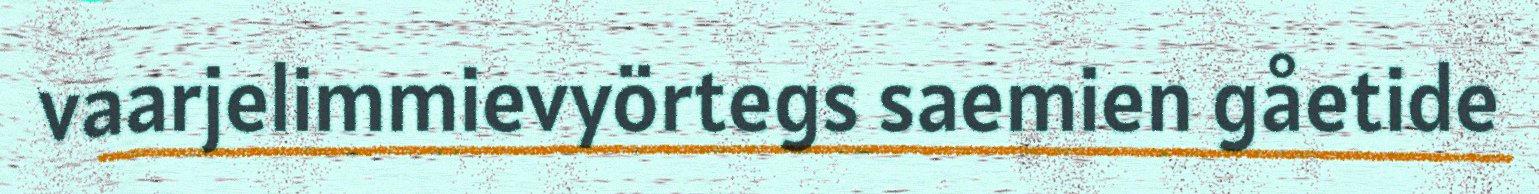
vaarjelimmievyörtegs saemien gåetide